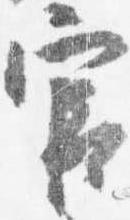
官